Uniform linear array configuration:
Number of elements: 64
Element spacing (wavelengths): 0.25
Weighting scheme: binomial
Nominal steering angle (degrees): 0
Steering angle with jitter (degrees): -1.936
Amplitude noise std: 0.05
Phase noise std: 0.05

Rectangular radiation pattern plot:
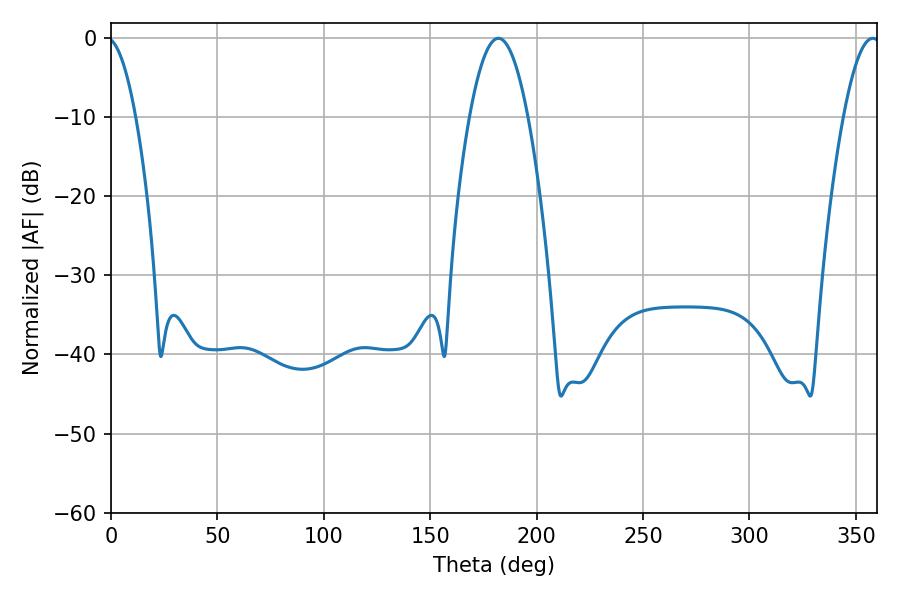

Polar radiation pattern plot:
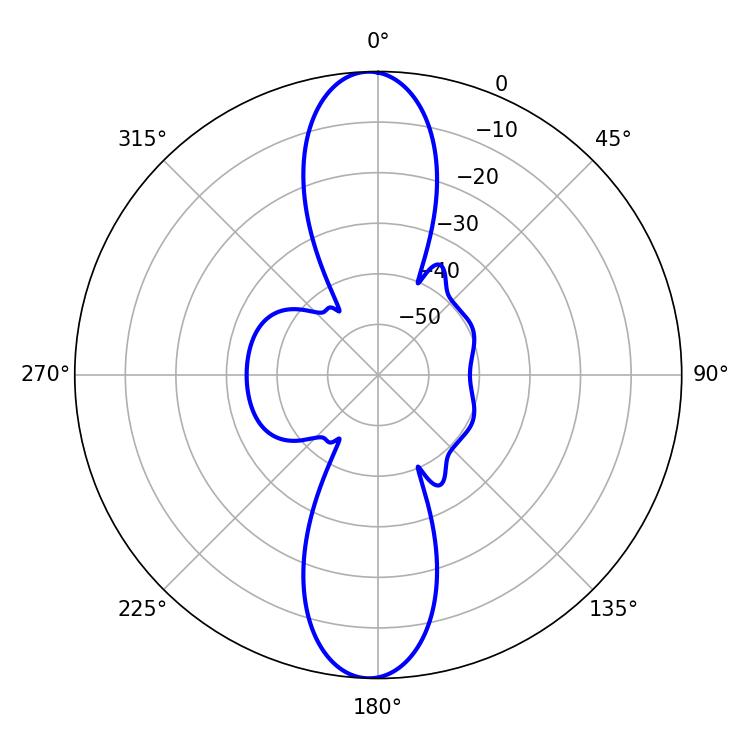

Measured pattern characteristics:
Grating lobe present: FALSE
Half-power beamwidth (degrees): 14.94
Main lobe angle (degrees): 181.98